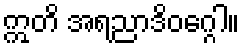
ဣတိ အရညာဒိဝဂ္ဂေါ။